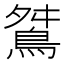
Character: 𪀾